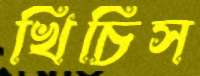
খিঁচিস